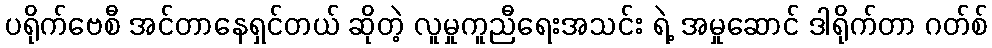
ပရိုက်ဗေစီ အင်တာနေရှင်တယ် ဆိုတဲ့ လူမှုကူညီရေးအသင်း ရဲ့ အမှုဆောင် ဒါရိုက်တာ ဂတ်စ်